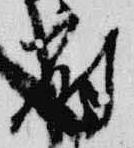
府